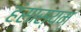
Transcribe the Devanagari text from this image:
हंसास्यम्